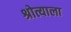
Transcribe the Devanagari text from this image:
श्रोत्याला